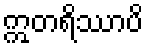
ဣတရိဿာပိ